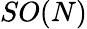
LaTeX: SO(N)